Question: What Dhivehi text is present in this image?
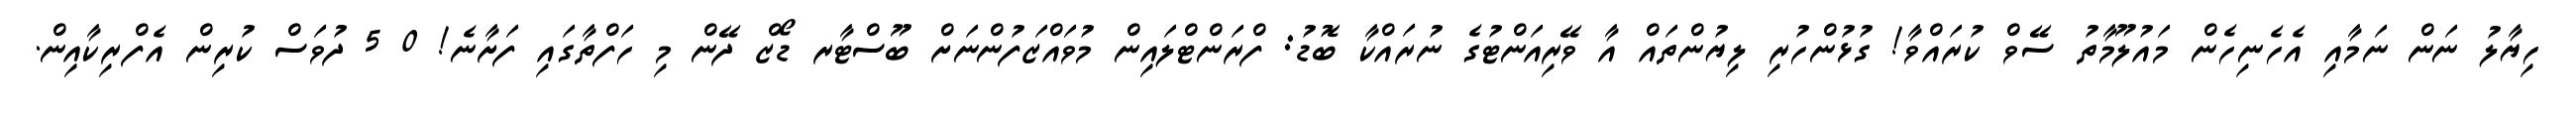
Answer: ހިޔާލު ނަން ނަމާއި އެހެނިހެން މައުލޫމާތު ސޭވް ކުރައްވާ! ގުޅުންހުރި ލިޔުންތައް އާ ވޭރިއަންޓުގެ ނުރައްކާ ބޮޑު: ފްރަންޓްލައިން މުވައްޒަފުންނަށް ބޫސްޓާރ ޑޯޒް ދޭން މި ހަފްތާގައި ފަށާނެ! 0 5 ދުވަސް ކުރިން އެފްރިކާއިން.